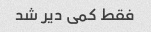
فقط کمی دیر شد